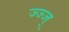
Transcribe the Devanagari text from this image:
ज्ज्ज्